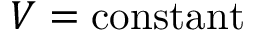
V = { \mathrm { c o n s t a n t } }